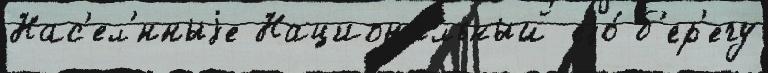
Нас'ел'́нныjе Национа́льный еjо́ б'ер'егу